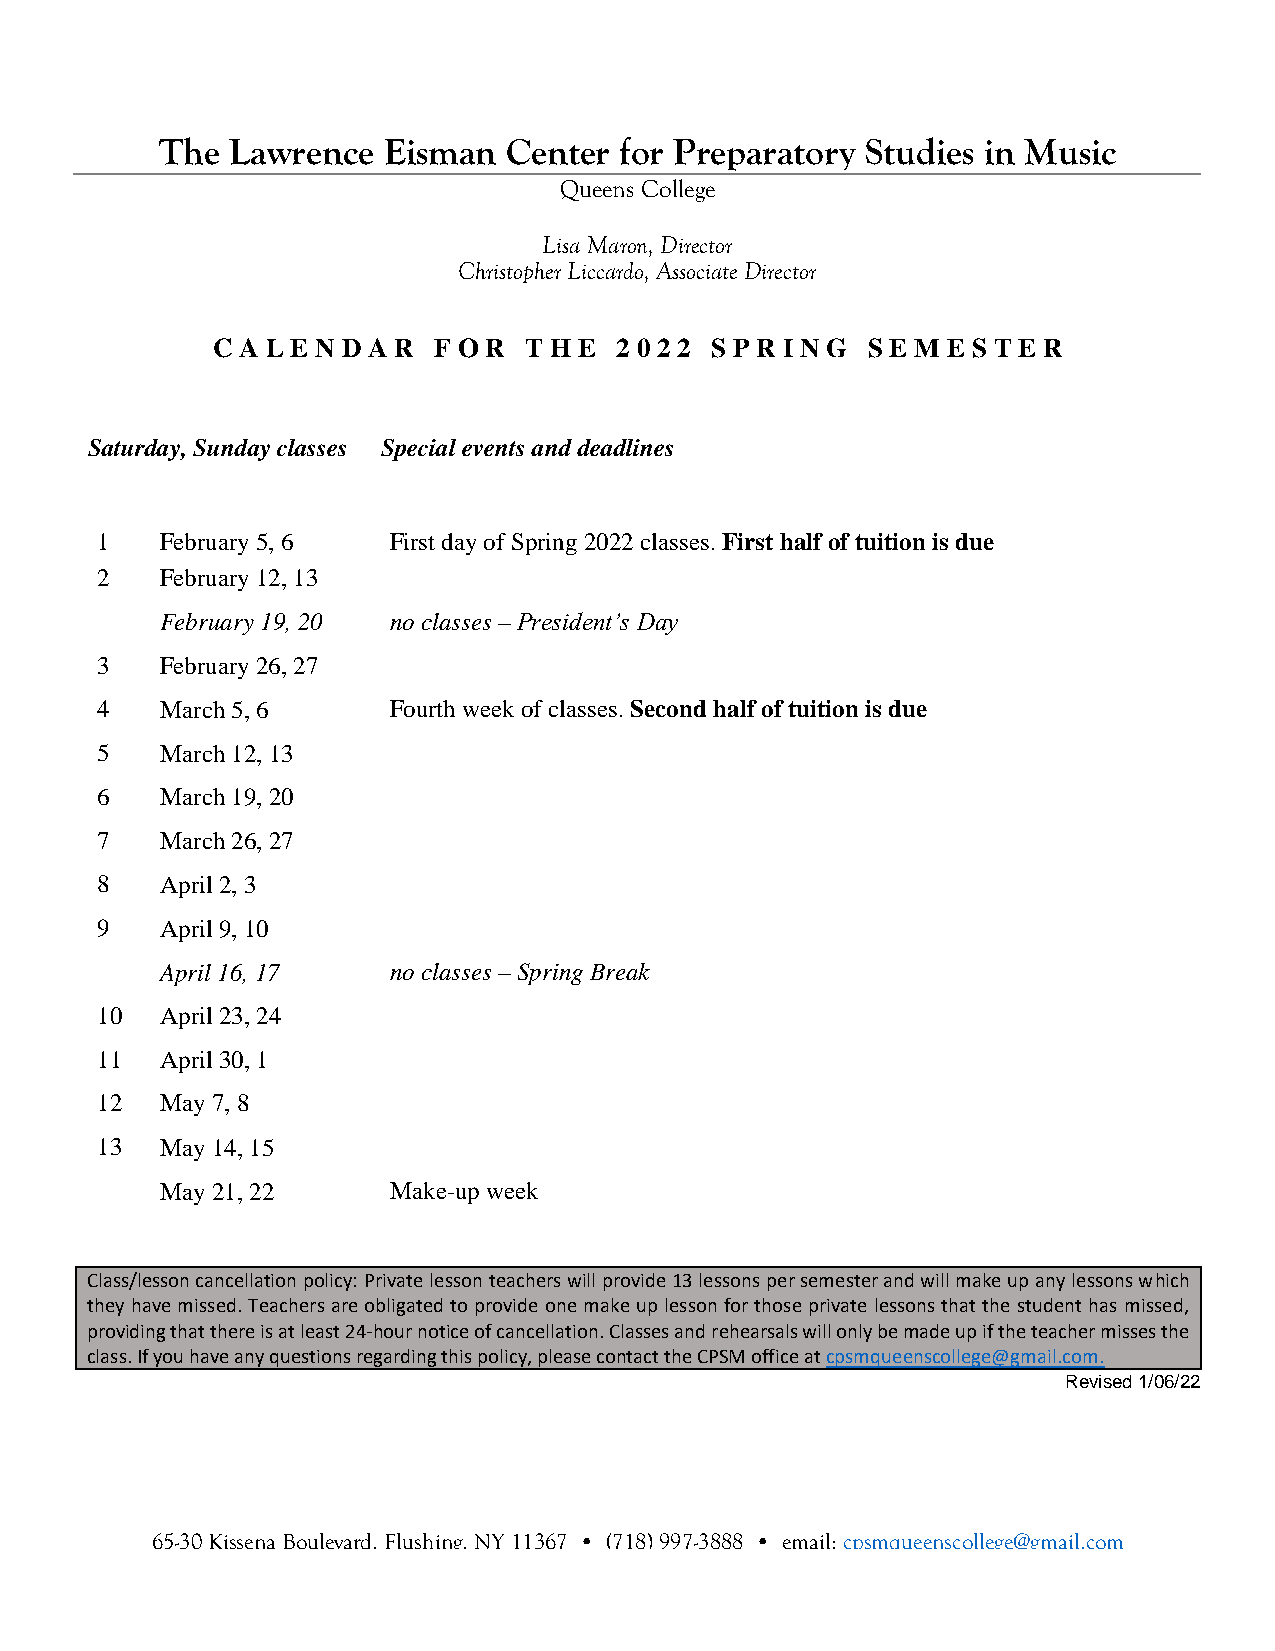
The Lawrence  Eisman   Center for Preparatory Studies in Music
 Queens College
 Lisa Maron, Director
 Christopher Liccardo, Associate Director
 C A L E N D A R F O R T H E 2 0 2 2 S P R I N G S E M E S T E R
 Saturday, Sunday classes Special events and deadlines
 1    February 5, 6  First day of Spring 2022 classes. First half of tuition is due
 2    February 12, 13
 February 19, 20 no classes – President’s Day
 3    February 26, 27
 4    March 5, 6     Fourth week of classes. Second half of tuition is due
 5    March 12, 13
 6    March 19, 20
 7    March 26, 27
 8    April 2, 3
 9    April 9, 10
 April 16, 17   no classes – Spring Break
 10   April 23, 24
 11   April 30, 1
 12   May 7, 8
 13   May 14, 15
 May 21, 22     Make-up week
 Class/lesson cancellation policy: Private lesson teachers will provide 13 lessons per semester and will make up any lessons which
 they have missed. Teachers are obligated to provide one make up lesson for those private lessons that the student has missed,
 providing that there is at least 24-hour notice of cancellation. Classes and rehearsals will only be made up if the teacher misses the
 class. If you have any questions regarding this policy, please contact the CPSM office at cpsmqueenscollege@gmail.com.
 Revised 1/06/22
 65-30 Kissena Boulevard, Flushing, NY 11367 • (718) 997-3888 • email: cpsmqueenscollege@gmail.com